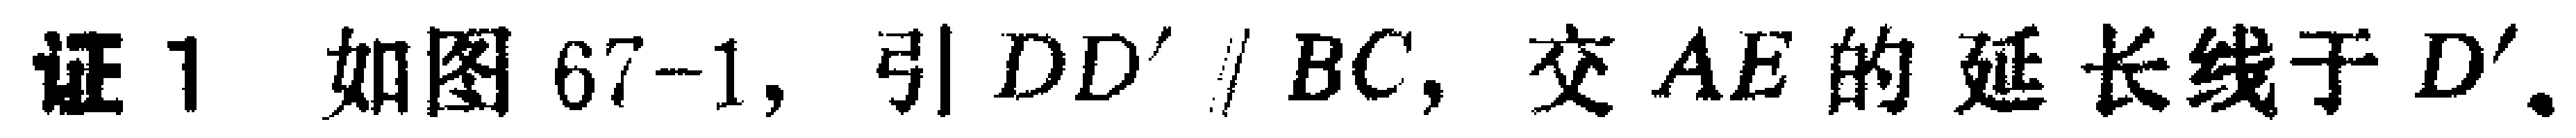
证 1 如图 67-1, 引 \(DD'\parallel BC\), 交 \(AE\) 的延长线于 \(D'\).